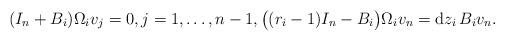
LaTeX: \begin{align*} (I_n+B_i)\Omega_iv_j=0, j=1,\dots, n-1, \bigl((r_i-1)I_n-B_i\bigr)\Omega_iv_n={\rm d}z_i\,B_iv_n. \end{align*}